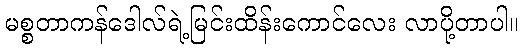
မစ္စတာကန်ဒေါလ်ရဲ့မြင်းထိန်းကောင်လေး လာပို့တာပါ။